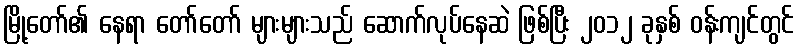
မြို့တော်၏ နေရာ တော်တော် များများသည် ဆောက်လုပ်နေဆဲ ဖြစ်ပြီး ၂၀၁၂ ခုနှစ် ဝန်းကျင်တွင်